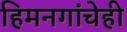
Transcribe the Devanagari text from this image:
हिमनगांचेही